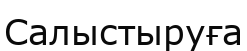
Салыстыруға